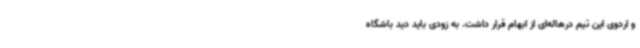
و اردوی این تیم درهاله‌ای از ابهام قرار داشت. به زودی باید دید باشگاه